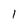
Character: 1